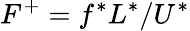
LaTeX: F^{+}=f^{*}L^{*}/U^{*}